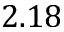
2 . 1 8